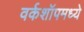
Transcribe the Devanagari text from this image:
वर्कशॉपमध्ये